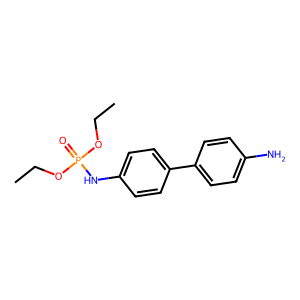
SMILES: CCOP(=O)(Nc1ccc(-c2ccc(N)cc2)cc1)OCC
Inhibits HIV replication: No